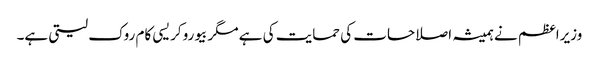
وزیراعظم نے ہمیشہ اصلاحات کی حمایت کی ہے مگر بیوروکریسی کام روک لیتی ہے۔